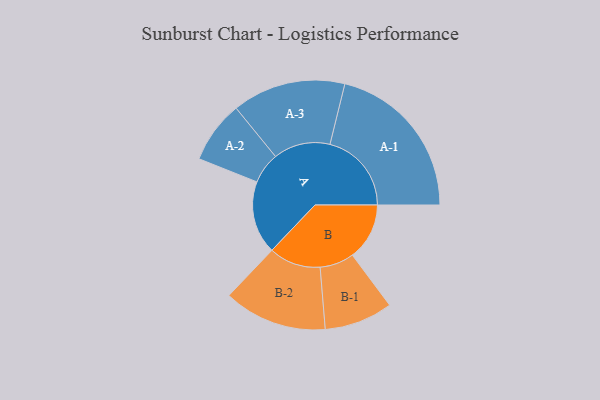
{"axis": {"x": "Segment", "y": "Value"}, "legend": ["", "A", "B"], "data": [{"x": "A", "y": 262, "type": ""}, {"x": "B", "y": 205, "type": ""}, {"x": "A-1", "y": 293, "type": "A"}, {"x": "A-2", "y": 112, "type": "A"}, {"x": "A-3", "y": 204, "type": "A"}, {"x": "B-1", "y": 123, "type": "B"}, {"x": "B-2", "y": 186, "type": "B"}]}